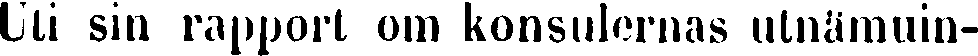
Uti sin rapport om konsulernas utnämnin-